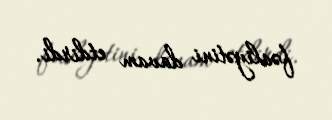
fəaliyətini davam etdirdi.